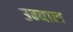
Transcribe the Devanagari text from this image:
उन्याल